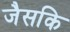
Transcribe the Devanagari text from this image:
जैसकि